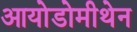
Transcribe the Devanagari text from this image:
आयोडोमीथेन